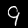
Label: 9